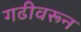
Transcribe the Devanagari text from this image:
गढीवरून